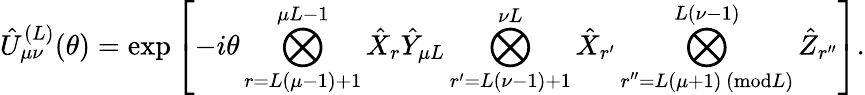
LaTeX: \hat{U}_{\mu\nu}^{(L)}(\theta)=\exp\left[-i\theta\bigotimes_{r=L(\mu{-}1){+}1}^{\mu L{-}1}\hat{X}_{r}\hat{Y}_{\mu L}\bigotimes_{r^{\prime}=L(\nu-1)+1}^{\nu L}\hat{X}_{r^{\prime}}\bigotimes_{\substack{r^{\prime\prime}=L(\mu+1)\, (\textrm{mod}L)}}^{L(\nu{-}1)}\hat{Z}_{r^{\prime\prime}}\right].